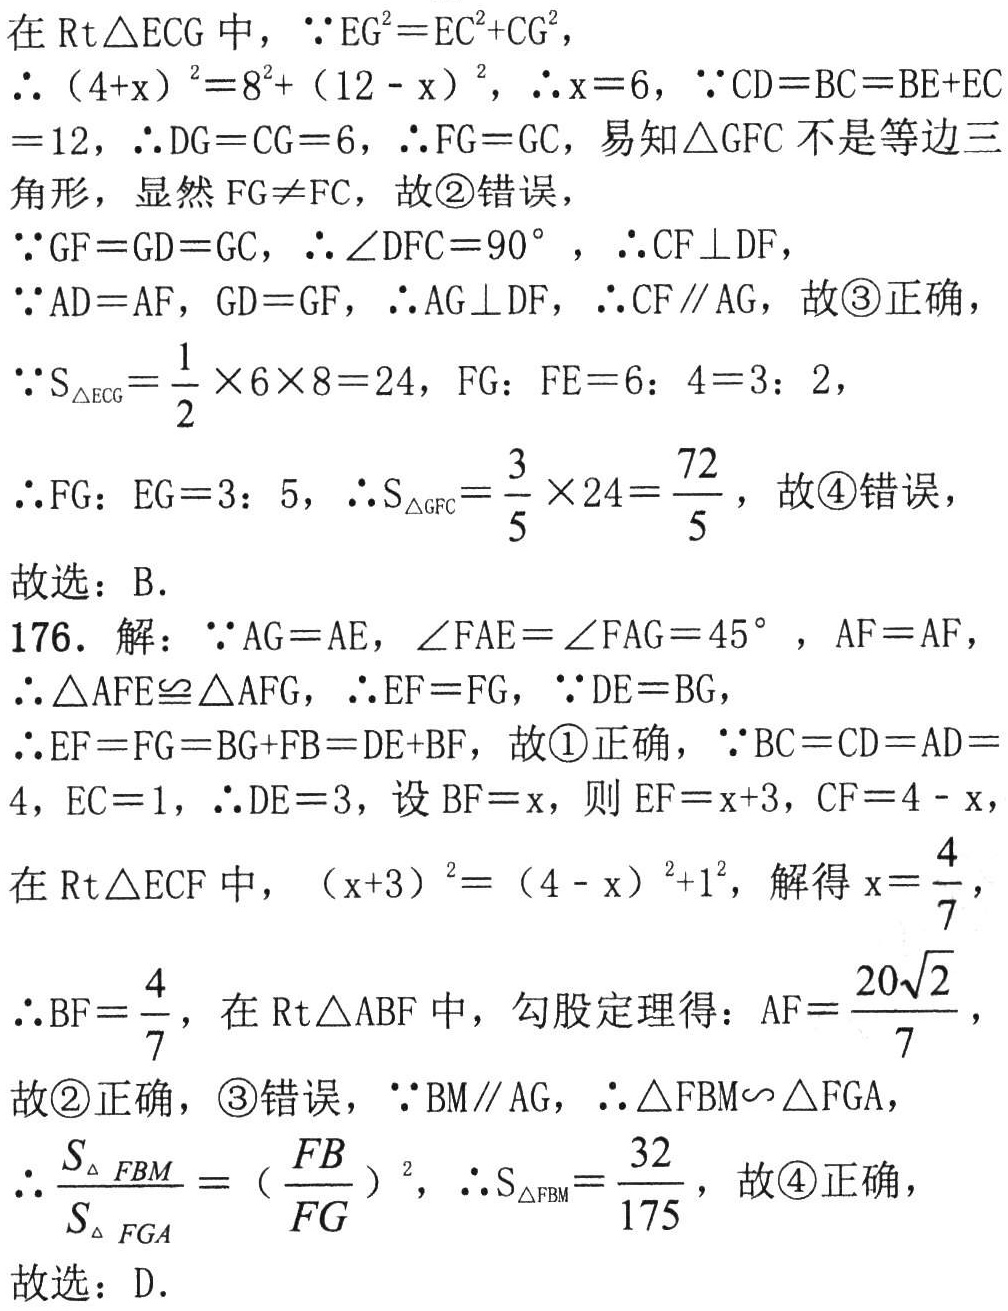
在$\mathrm{Rt}\triangle ECG$中，$\because EG^{2}=EC^{2}+CG^{2}$，

$\therefore (4 + x)^{2}=8^{2}+(12 - x)^{2}$，$\therefore x = 6$，$\because CD = BC = BE + EC=12$，$\therefore DG = CG = 6$，$\therefore FG = GC$，易知$\triangle GFC$不是等边三角形，显然$FG\neq FC$，故\textcircled{2}错误，

$\because GF = GD = GC$，$\therefore \angle DFC = 90^{\circ}$，$\therefore CF\perp DF$，

$\because AD = AF$，$GD = GF$，$\therefore AG\perp DF$，$\therefore CF\parallel AG$，故\textcircled{3}正确，

$\because S_{\triangle ECG}=\frac{1}{2}\times6\times8 = 24$，$FG:FE = 6:4 = 3:2$，

$\therefore FG:EG = 3:5$，$\therefore S_{\triangle GFC}=\frac{3}{5}\times24=\frac{72}{5}$，故\textcircled{4}错误，

故选：B.

176. 解：$\because AG = AE$，$\angle FAE=\angle FAG = 45^{\circ}$，$AF = AF$，

$\therefore \triangle AFE\cong\triangle AFG$，$\therefore EF = FG$，$\because DE = BG$，

$\therefore EF = FG = BG + FB = DE + BF$，故\textcircled{1}正确，$\because BC = CD = AD = 4$，$EC = 1$，$\therefore DE = 3$，设$BF = x$，则$EF = x + 3$，$CF = 4 - x$，

在$\mathrm{Rt}\triangle ECF$中，$(x + 3)^{2}=(4 - x)^{2}+1^{2}$，解得$x=\frac{4}{7}$，

$\therefore BF=\frac{4}{7}$，在$\mathrm{Rt}\triangle ABF$中，勾股定理得：$AF=\frac{20\sqrt{2}}{7}$，

故\textcircled{2}正确，\textcircled{3}错误，$\because BM\parallel AG$，$\therefore \triangle FBM\sim\triangle FGA$，

$\therefore \frac{S_{\triangle FBM}}{S_{\triangle FGA}}=(\frac{FB}{FG})^{2}$，$\therefore S_{\triangle FBM}=\frac{32}{175}$，故\textcircled{4}正确，

故选：D.